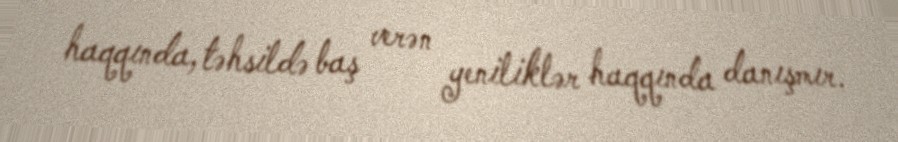
haqqında, təhsildə baş verən yeniliklər haqqında danışmır.